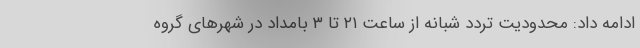
ادامه داد: محدودیت تردد شبانه از ساعت ۲۱ تا ۳ بامداد در شهرهای گروه